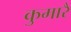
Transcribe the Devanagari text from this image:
कुमारै